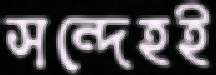
সন্দেহই